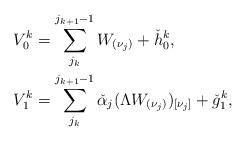
LaTeX: \begin{align*}& V^k_0=\sum_{j_k}^{j_{k+1}-1}W_{(\nu_j)}+\check h_0^k, \\& V^k_1=\sum_{j_k}^{j_{k+1}-1}\check \alpha_j (\Lambda W_{(\nu_j)})_{[\nu_j]}+\check g_1^k,\end{align*}